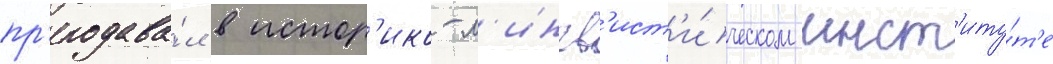
пр'еподава́л в истор'ико-л'ингв'ист'и́ческом инст'иту́т'е